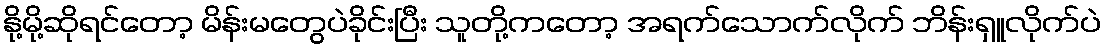
နို့မို့ဆိုရင်တော့ မိန်းမတွေပဲခိုင်းပြီး သူတို့ကတော့ အရက်သောက်လိုက် ဘိန်းရှူလိုက်ပဲ